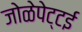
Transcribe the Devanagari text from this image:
जोळेपेट्टई